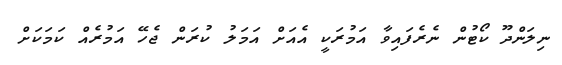
ނިލަންދޫ ކޯޓުން ނެރެފައިވާ އަމުރަކީ އެއަށް އަމަލު ކުރަން ޖެހޭ އަމުރެއް ކަމަކަށް